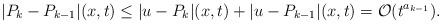
LaTeX: \begin{align*}|P_{k}-P_{k-1}|(x,t)\le |u-P_k|(x,t)+|u-P_{k-1}|(x,t)=\mathcal O(t^{a_{k-1}}).\end{align*}